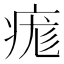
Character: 痝